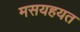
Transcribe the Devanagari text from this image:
मसयहयत